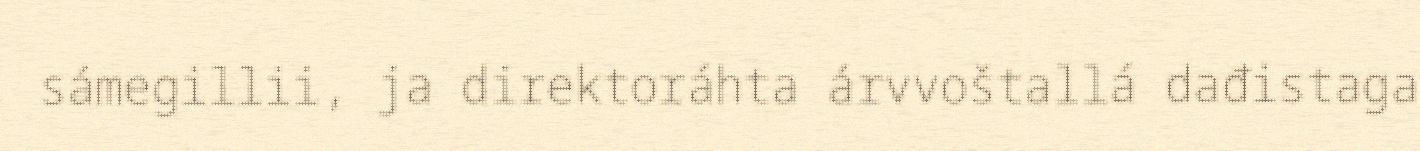
sámegillii, ja direktoráhta árvvoštallá dađistaga